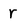
Character: r